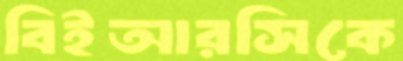
বিইআরসিকে